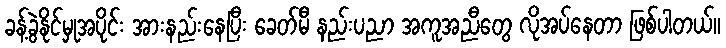
ခန့်ခွဲနိုင်မှုအပိုင်း အားနည်းနေပြီး ခေတ်မီ နည်းပညာ အကူအညီတွေ လိုအပ်နေတာ ဖြစ်ပါတယ်။